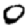
Digit: 0